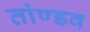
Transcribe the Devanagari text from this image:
तांण्डव